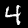
Label: 4